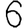
Digit: 6